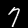
Digit: 7